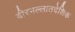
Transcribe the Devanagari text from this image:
वीरभल्लातदेशिक